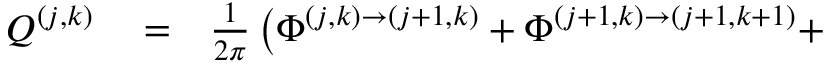
\begin{array} { r l r } { Q ^ { ( j , k ) } } & { { } = } & { \frac { 1 } { 2 \pi } \left( \Phi ^ { ( j , k ) \rightarrow ( j + 1 , k ) } + \Phi ^ { ( j + 1 , k ) \rightarrow ( j + 1 , k + 1 ) } + \right. } \end{array}